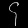
Digit: ၄